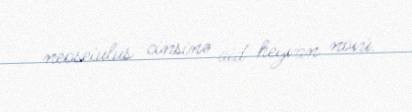
neoseiulus cinsinə aid heyvan növü.